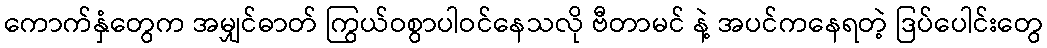
ကောက်နှံတွေက အမျှင်ဓာတ် ကြွယ်ဝစွာပါဝင်နေသလို ဗီတာမင် နဲ့ အပင်ကနေရတဲ့ ဒြပ်ပေါင်းတွေ